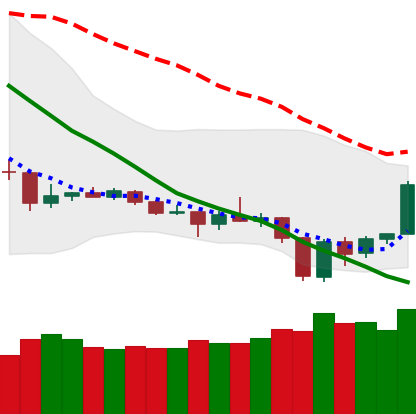
Ticker: TRX-USD
Chart end date: 2019-12-22
Forward return: -10.816%
Label: down_7plus